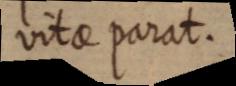
vitae parat.